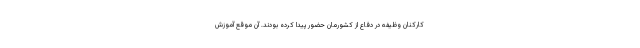
کارکنان وظیفه در دفاع از کشورمان حضور پیدا کرده بودند. آن موقع آموزش